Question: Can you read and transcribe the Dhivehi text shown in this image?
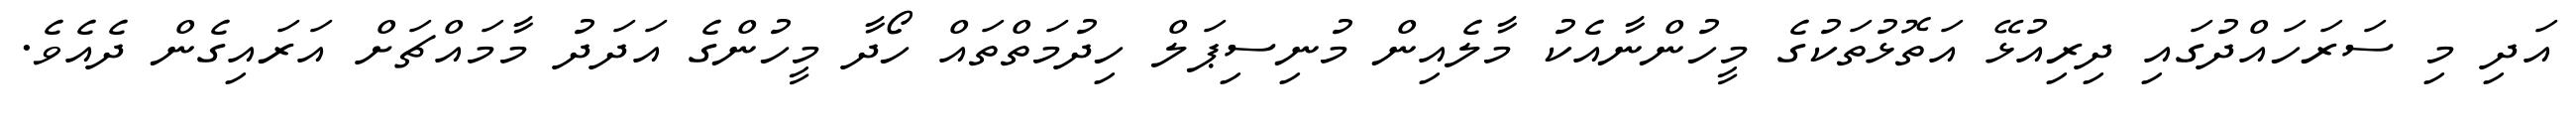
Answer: އަދި މި ސަރަހައްދުގައި ދިރިއުޅޭ އަތޮޅުތަކުގެ މީހުންނާއެކު މާލެއިން މުނިސިޕަލް ހިދުމަތްތައް ހޯދާ މީހުންގެ އަދަދު މާމައްޗަށް އަރައިގެން ދެއެވެ.